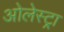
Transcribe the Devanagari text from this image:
ओलेस्ट्रा